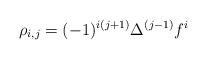
LaTeX: \begin{align*}\rho_{i,j}=(-1)^{i(j+1)}\Delta^{(j-1)}f^i\end{align*}